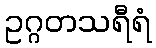
ဥဂ္ဂတသရီရံ